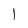
Character: I